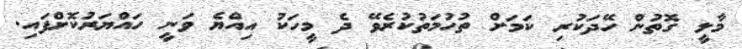
މާލީ ގޮތުން ހޭދަކުރި ކަމަށް ތުހުމަތުކުރެވޭ ދެ މީހަކު އިއްޔެ ވަނީ ހައްޔަރުކޮށްފައި.